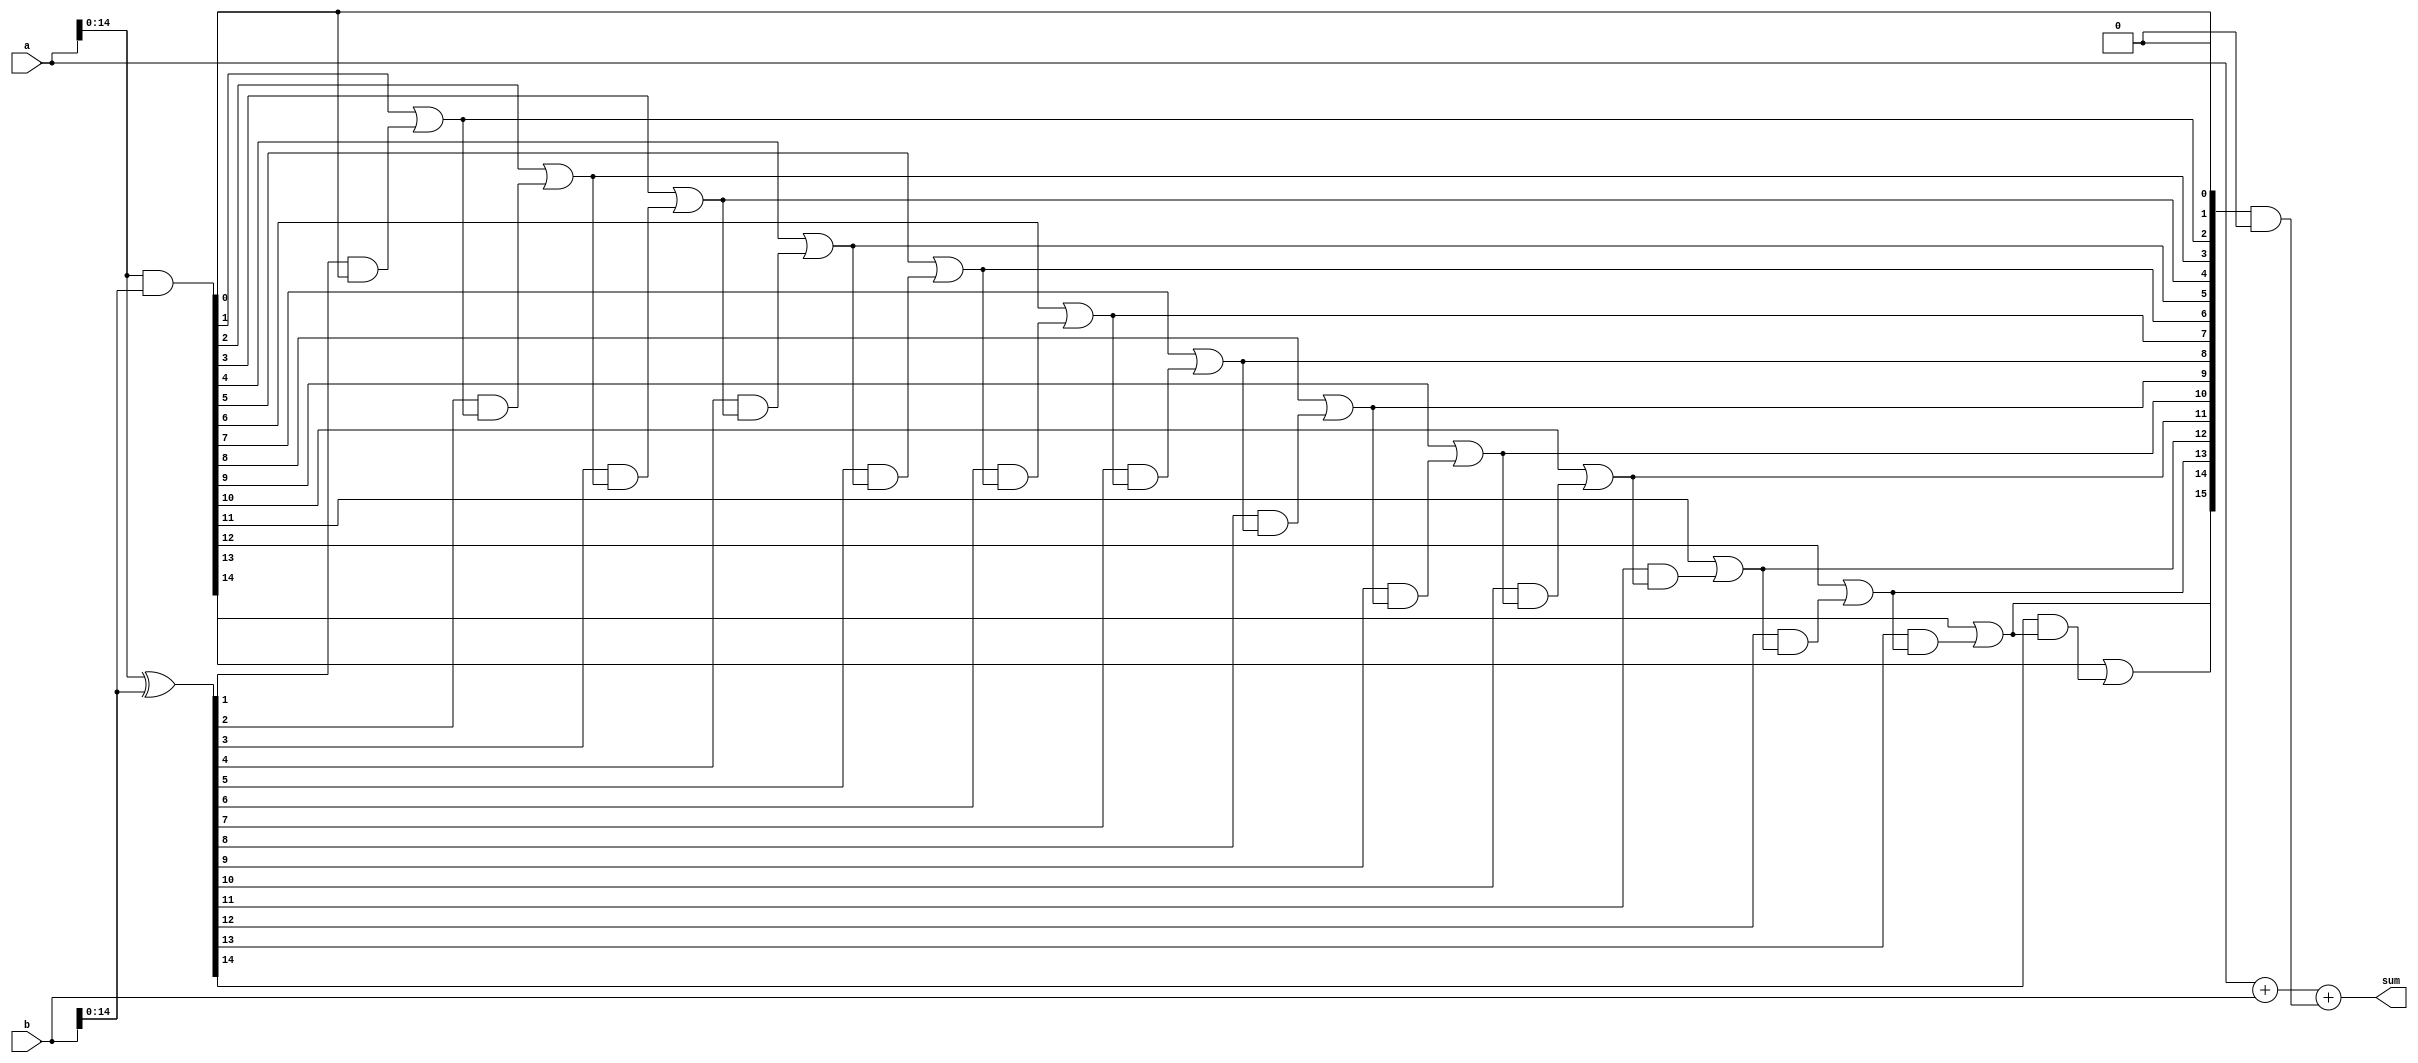
module carry_skip_lookahead_adder (
    input [15:0] a,
    input [15:0] b,
    output [15:0] sum
);

wire [15:0] carry_in;
wire [15:0] carry_out;
wire [15:0] g;
wire [15:0] p;

assign p = a ^ b;
assign g = a & b;

assign carry_in[0] = 1'b0;

assign carry_in[1] = g[0] | (p[0] & carry_in[0]);
assign carry_in[2] = g[1] | (p[1] & carry_in[1]);
assign carry_in[3] = g[2] | (p[2] & carry_in[2]);
assign carry_in[4] = g[3] | (p[3] & carry_in[3]);
assign carry_in[5] = g[4] | (p[4] & carry_in[4]);
assign carry_in[6] = g[5] | (p[5] & carry_in[5]);
assign carry_in[7] = g[6] | (p[6] & carry_in[6]);
assign carry_in[8] = g[7] | (p[7] & carry_in[7]);
assign carry_in[9] = g[8] | (p[8] & carry_in[8]);
assign carry_in[10] = g[9] | (p[9] & carry_in[9]);
assign carry_in[11] = g[10] | (p[10] & carry_in[10]);
assign carry_in[12] = g[11] | (p[11] & carry_in[11]);
assign carry_in[13] = g[12] | (p[12] & carry_in[12]);
assign carry_in[14] = g[13] | (p[13] & carry_in[13]);
assign carry_in[15] = g[14] | (p[14] & carry_in[14]);

assign sum = a + b + (carry_in & {16{1'b0}});

endmodule